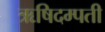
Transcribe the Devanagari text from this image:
ऋषिदम्पती